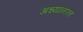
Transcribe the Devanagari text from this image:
अध्यानरत